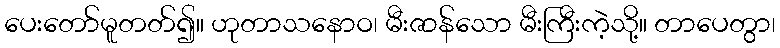
ပေးတော်မူတတ်၍။ ဟုတာသနောဝ၊ မီးဇာန်သော မီးကြီးကဲ့သို့။ တာပေတွာ၊